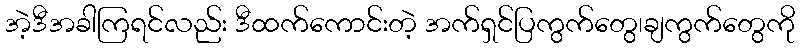
အဲ့ဒီအခါကြရင်လည်း ဒီထက်ကောင်းတဲ့ အက်ရှင်ပြကွက်တွေ၊ချကွက်တွေကို